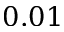
0 . 0 1